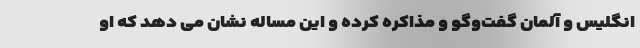
انگلیس و آلمان گفت‌وگو و مذاکره کرده و این مساله نشان می دهد که او